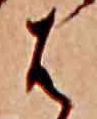
は